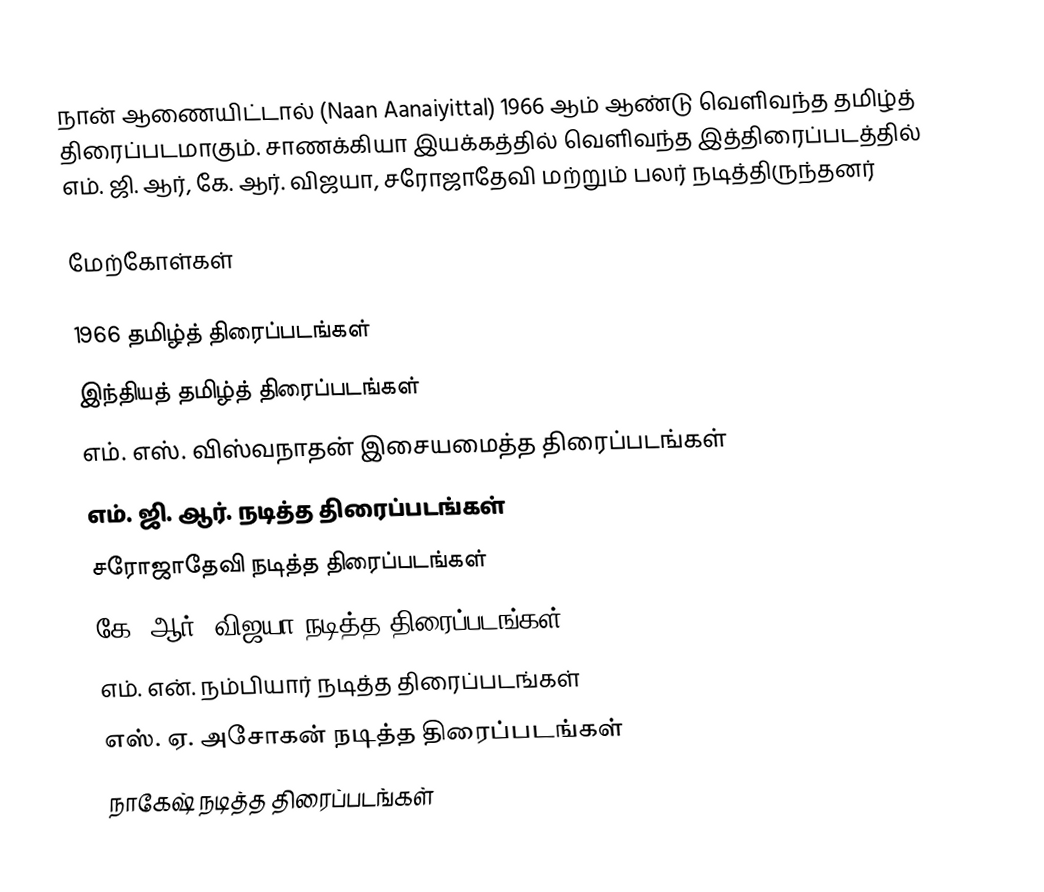
நான் ஆணையிட்டால் (Naan Aanaiyittal) 1966 ஆம் ஆண்டு வெளிவந்த தமிழ்த் திரைப்படமாகும். சாணக்கியா இயக்கத்தில் வெளிவந்த இத்திரைப்படத்தில் எம். ஜி. ஆர், கே. ஆர். விஜயா, சரோஜாதேவி மற்றும் பலர் நடித்திருந்தனர்

மேற்கோள்கள்

1966 தமிழ்த் திரைப்படங்கள்
இந்தியத் தமிழ்த் திரைப்படங்கள்
எம். எஸ். விஸ்வநாதன் இசையமைத்த திரைப்படங்கள்
எம். ஜி. ஆர். நடித்த திரைப்படங்கள்
சரோஜாதேவி நடித்த திரைப்படங்கள்
கே. ஆர். விஜயா நடித்த திரைப்படங்கள்
எம். என். நம்பியார் நடித்த திரைப்படங்கள்
எஸ். ஏ. அசோகன் நடித்த திரைப்படங்கள்
நாகேஷ் நடித்த திரைப்படங்கள்